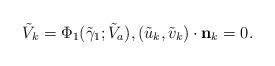
LaTeX: \begin{align*}\tilde{V}_{k}=\Phi_1(\tilde{\gamma}_1;\tilde{V}_a), (\tilde{u}_{k},\tilde{v}_{k}) \cdot \textbf{n}_{k}=0.\end{align*}